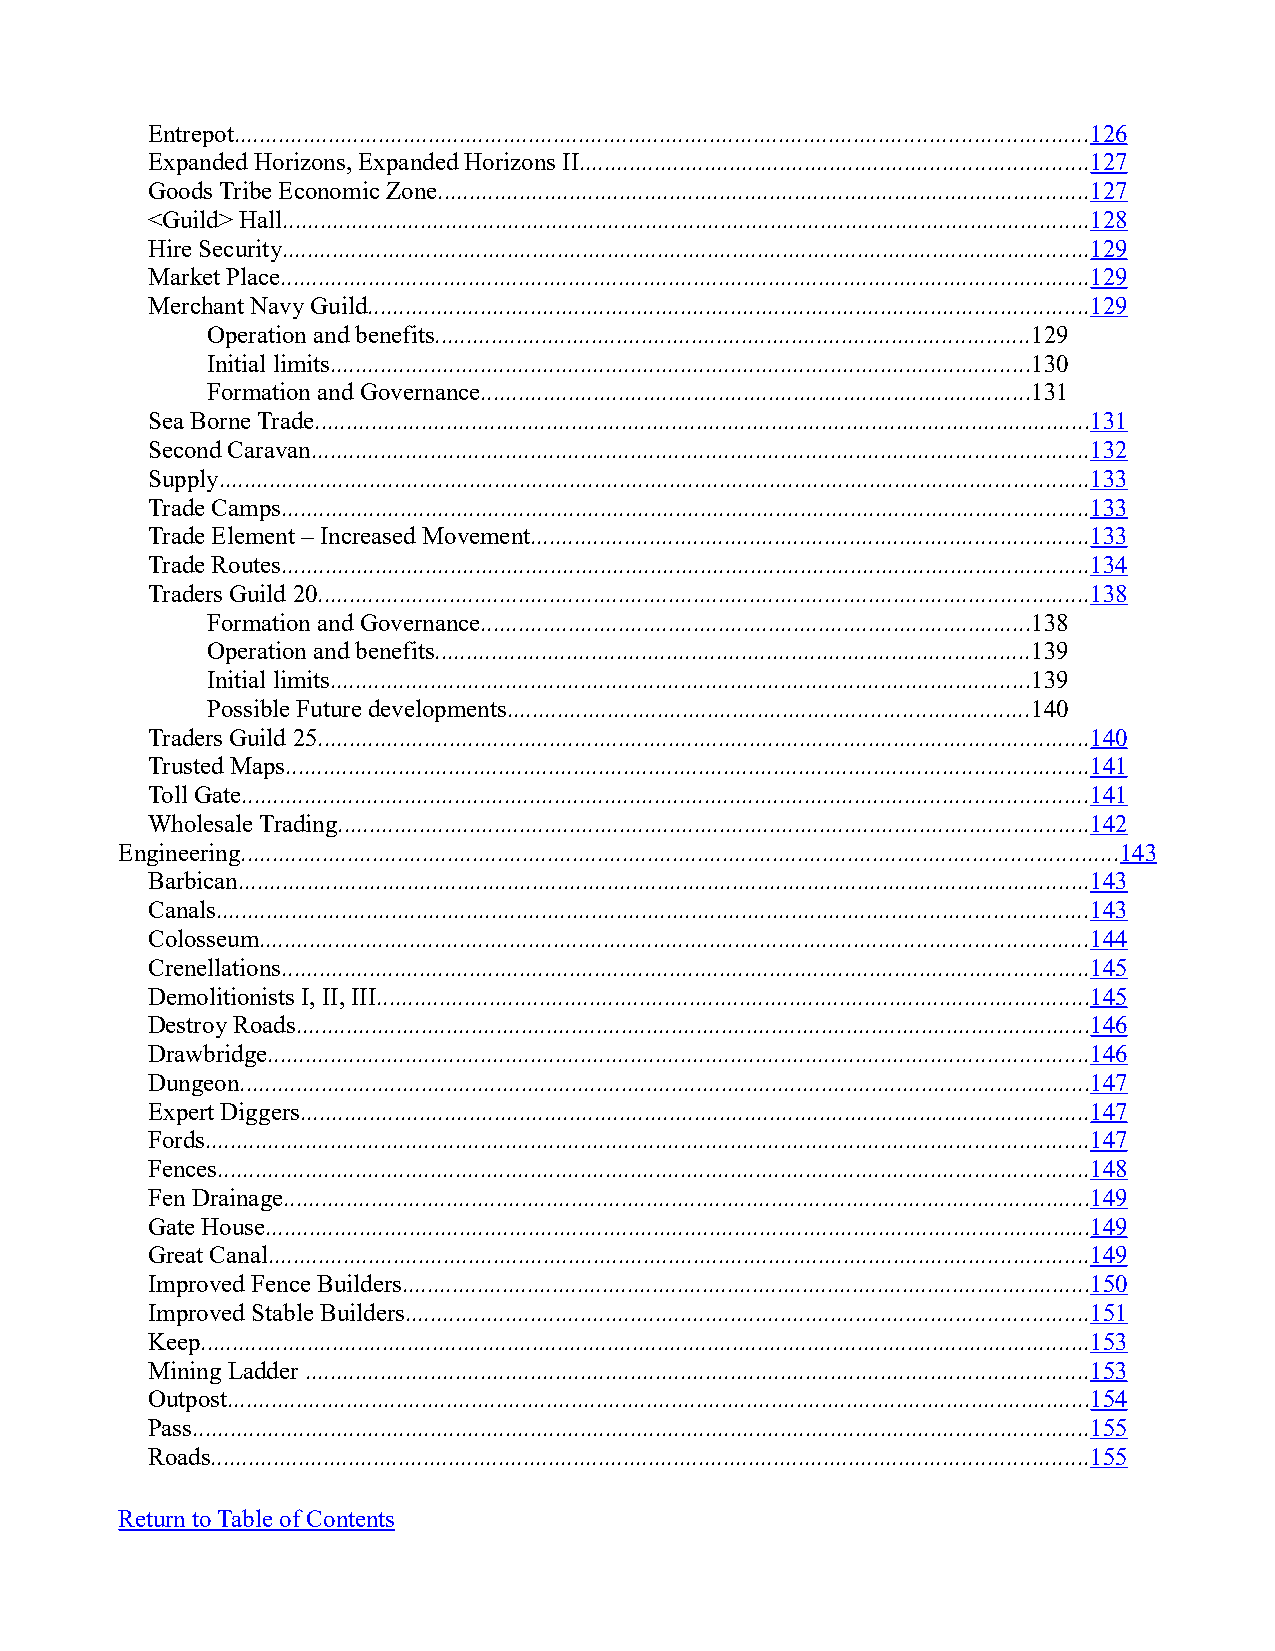
Entrepot........................................................................................................................................126
 Expanded Horizons, Expanded Horizons II.................................................................................127
 Goods Tribe Economic Zone........................................................................................................127
 <Guild> Hall.................................................................................................................................128
 Hire Security.................................................................................................................................129
 Market Place.................................................................................................................................129
 Merchant Navy Guild...................................................................................................................129
 Operation and benefits...............................................................................................129
 Initial limits................................................................................................................130
 Formation and Governance........................................................................................131
 Sea Borne Trade............................................................................................................................131
 Second Caravan............................................................................................................................132
 Supply...........................................................................................................................................133
 Trade Camps.................................................................................................................................133
 Trade Element – Increased Movement.........................................................................................133
 Trade Routes.................................................................................................................................134
 Traders Guild 20...........................................................................................................................138
 Formation and Governance........................................................................................138
 Operation and benefits...............................................................................................139
 Initial limits................................................................................................................139
 Possible Future developments...................................................................................140
 Traders Guild 25...........................................................................................................................140
 Trusted Maps................................................................................................................................141
 Toll Gate.......................................................................................................................................141
 Wholesale Trading........................................................................................................................142
 Engineering............................................................................................................................................143
 Barbican........................................................................................................................................143
 Canals...........................................................................................................................................143
 Colosseum....................................................................................................................................144
 Crenellations.................................................................................................................................145
 Demolitionists I, II, III..................................................................................................................145
 Destroy Roads...............................................................................................................................146
 Drawbridge...................................................................................................................................146
 Dungeon........................................................................................................................................147
 Expert Diggers..............................................................................................................................147
 Fords.............................................................................................................................................147
 Fences...........................................................................................................................................148
 Fen Drainage.................................................................................................................................149
 Gate House....................................................................................................................................149
 Great Canal...................................................................................................................................149
 Improved Fence Builders..............................................................................................................150
 Improved Stable Builders.............................................................................................................151
 Keep..............................................................................................................................................153
 Mining Ladder .............................................................................................................................153
 Outpost..........................................................................................................................................154
 Pass...............................................................................................................................................155
 Roads............................................................................................................................................155
 Return to Table of Contents